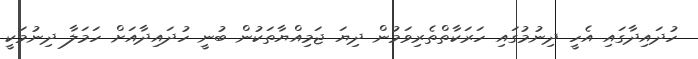
ހުދައިދާގައި އެހީ ދިނުމުގައި ހަރަކާތްތެރިވަމުން ދިޔަ ޖަމިއްޔާތަކުން ބުނީ ހުދައިދާއަށް ހަމަލާ ދިނުމަކީ